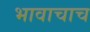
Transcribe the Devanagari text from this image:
भावाचाच